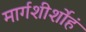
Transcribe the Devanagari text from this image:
मार्गशीर्शोहं